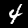
Label: 4